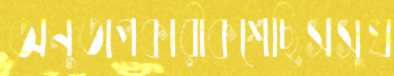
অনুতাপকারীকশেছিসসুখ